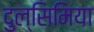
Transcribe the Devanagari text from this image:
दुल्सिमिया